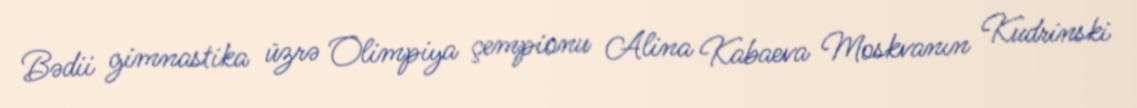
Bədii gimnastika üzrə Olimpiya çempionu Alina Kabaeva Moskvanın Kudrinski